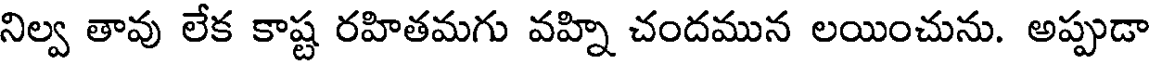
నిల్వ తావు లేక కాష్ట రహితమగు వహ్ని చందమున లయించును. అప్పుడా